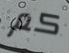
كم